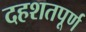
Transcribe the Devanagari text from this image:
दहशतपूर्ण